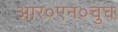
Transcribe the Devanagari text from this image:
आर०एन०चुघ